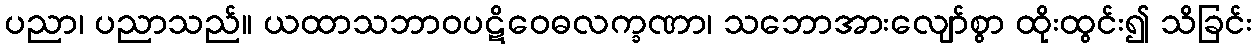
ပညာ၊ ပညာသည်။ ယထာသဘာဝပဋိဝေဓလက္ခဏာ၊ သဘောအားလျော်စွာ ထိုးထွင်း၍ သိခြင်း